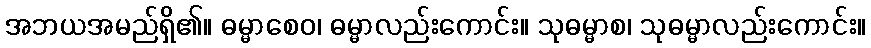
အဘယအမည်ရှိ၏။ ဓမ္မာစေဝ၊ ဓမ္မာလည်းကောင်း။ သုဓမ္မာစ၊ သုဓမ္မာလည်းကောင်း။